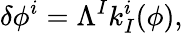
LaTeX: \delta\phi^{i}=\Lambda^{I}k_{I}^{i}(\phi),